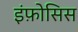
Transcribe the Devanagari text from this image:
इंफ़ोसिस